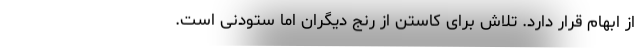
از ابهام قرار دارد. تلاش برای کاستن از رنج دیگران اما ستودنی است.